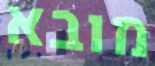
מובא